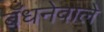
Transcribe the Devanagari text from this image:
बँधनेवाले